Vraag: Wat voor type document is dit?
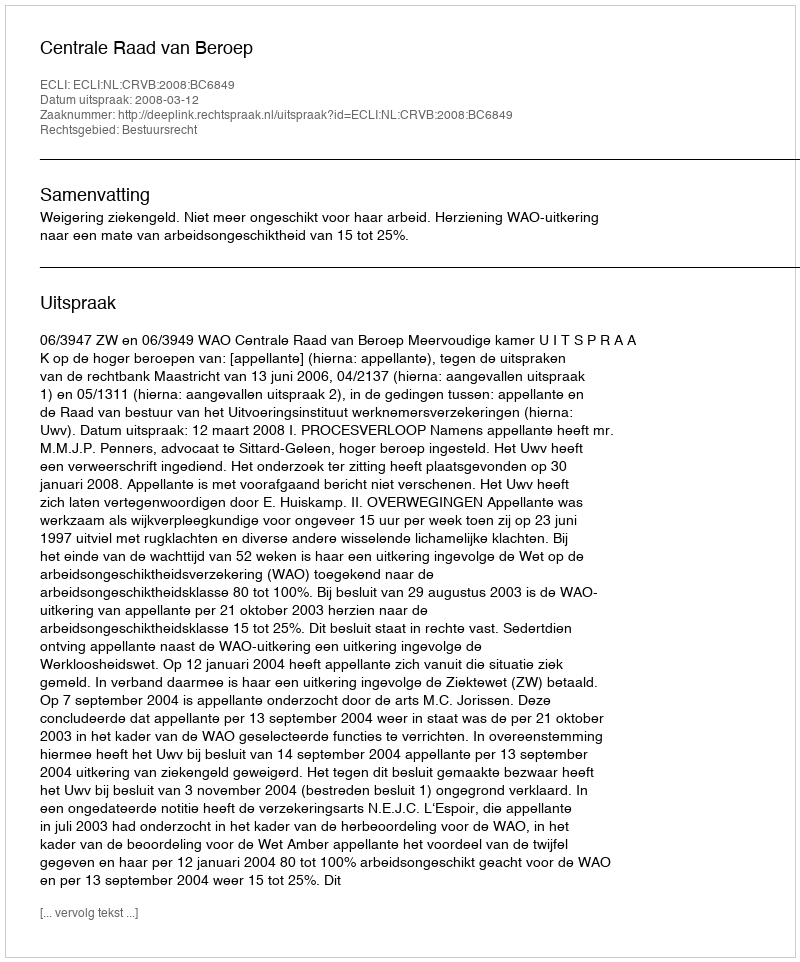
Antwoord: Uitspraak